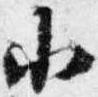
小